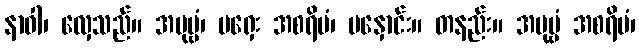
နာဝါ၊ လှေသည်။ အပုဗ္ဗံ၊ မရှေး အစရိမံ၊ မနှောင်း။ တနည်း။ အပုဗ္ဗံ အစရိမံ၊